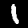
Label: 1